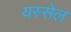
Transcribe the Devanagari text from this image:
यस्सेल